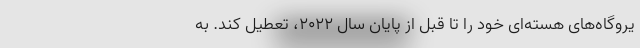
یروگاه‌های هسته‌ای خود را تا قبل از پایان سال ۲۰۲۲، تعطیل کند. به